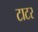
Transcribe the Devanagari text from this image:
टाटर